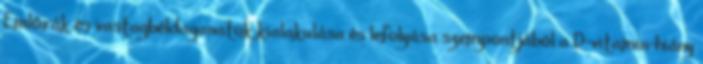
Emlőrák és vastagbéldaganatok kialakulása és lefolyása szempontjából a D-vitamin-hiány